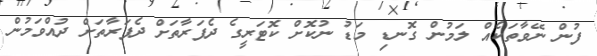
ފުން ނޭވާތަކެއް ލަމުން ގޮނޑި މަޑު ނުކޮށް ކޮޓަރީގެ ދެފަރާތަށް ދެފަރާތަށް ދުއްވަމުން